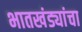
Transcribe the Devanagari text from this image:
भातखंड्यांचा